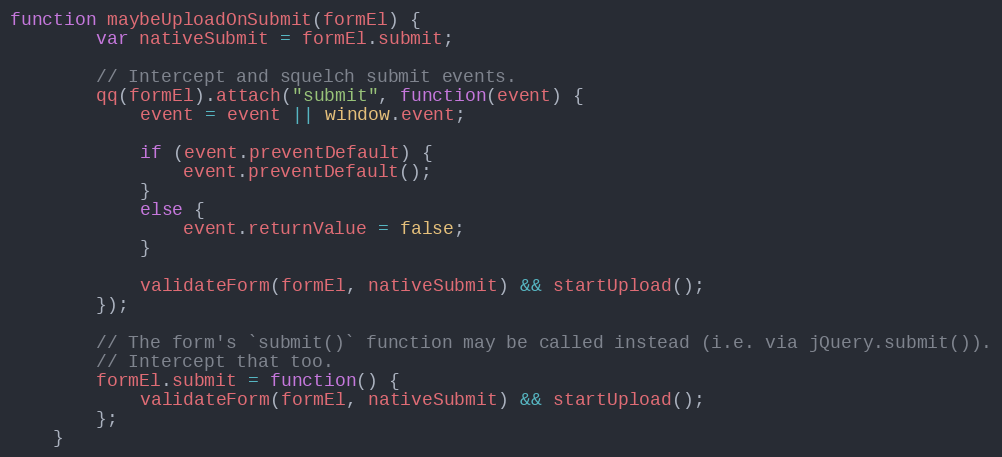
Language: JavaScript
function maybeUploadOnSubmit(formEl) {
        var nativeSubmit = formEl.submit;

        // Intercept and squelch submit events.
        qq(formEl).attach("submit", function(event) {
            event = event || window.event;

            if (event.preventDefault) {
                event.preventDefault();
            }
            else {
                event.returnValue = false;
            }

            validateForm(formEl, nativeSubmit) && startUpload();
        });

        // The form's `submit()` function may be called instead (i.e. via jQuery.submit()).
        // Intercept that too.
        formEl.submit = function() {
            validateForm(formEl, nativeSubmit) && startUpload();
        };
    }